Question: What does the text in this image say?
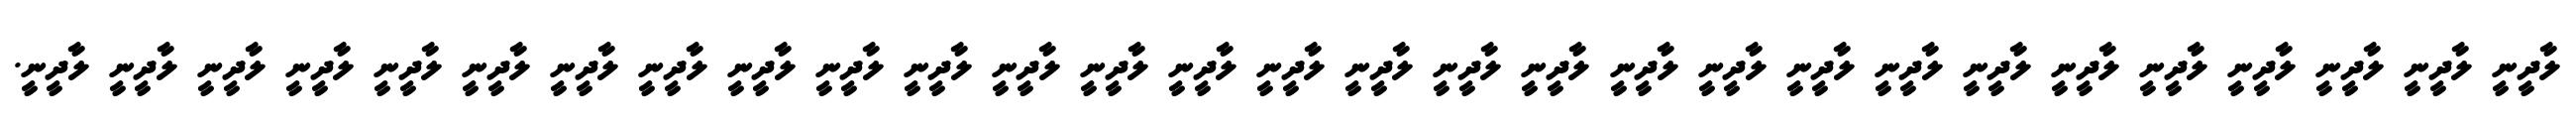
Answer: ލާދީނީ ލާދީނީ ލާދީނީ ލާދީނީ ލާދީނީ ލާދީނީ ލާދީނީ ލާދީނީ ލާދީނީ ލާދީނީ ލާދީނީ ލާދީނީ ލާދީނީ ލާދީނީ ލާދީނީ ލާދީނީ ލާދީނީ ލާދީނީ ލާދީނީ ލާދީނީ ލާދީނީ ލާދީނީ ލާދީނީ ލާދީނީ ލާދީނީ ލާދީނީ ލާދީނީ ލާދީނީ ލާދީނީ.